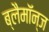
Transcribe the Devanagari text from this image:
ब्लैमॉन्ज